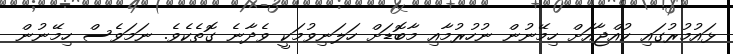
ޅައުމުރުގައި ކުއްޖާއަށް ހިމޭނުން ނުހުރުމާއި މާބޮޑަށް ހަލަނިވުމަކީ ވެދާނެ ގޮތެކެވެ. ނަމަވެސް ހިމޭނުން